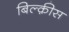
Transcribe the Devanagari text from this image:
बिल्क़ीस